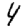
Digit: 4